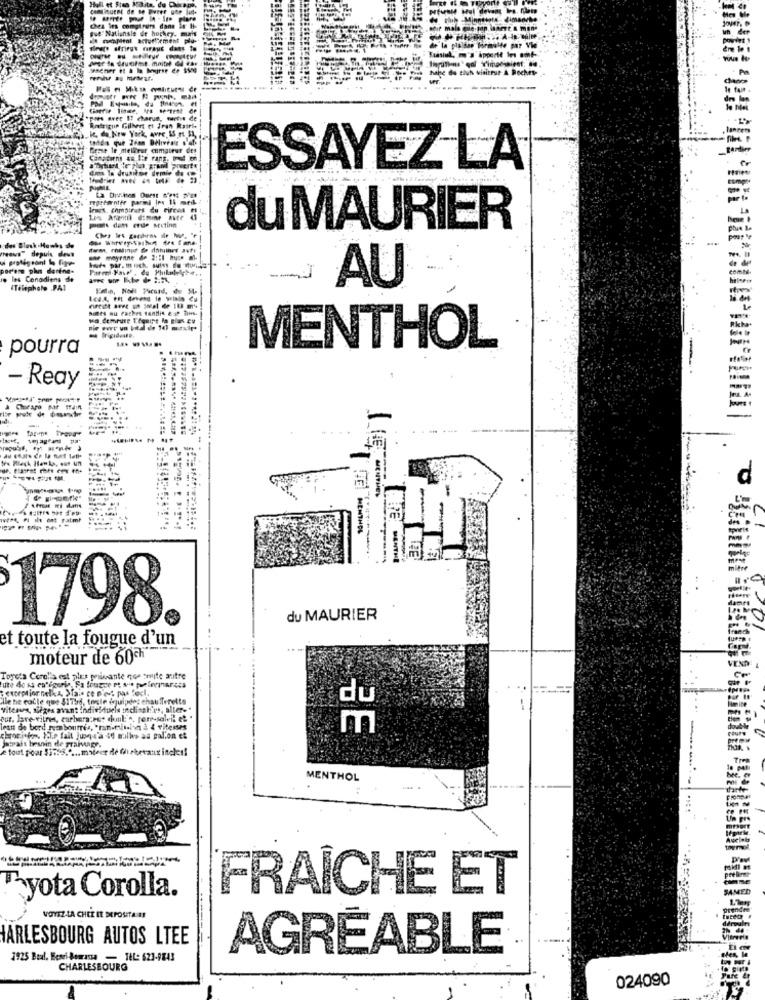
Plfunle Hul devant les. filet
du chih -Minntinte- dimanche
THAI
de la pielsag formalde jur Vid
habe do pluh visiteur & Roches-
*pois aver IT charus, wumtis de
.it da New York, avre, IS r $1,
Rodrigue Gilbert ci Iran Rasris
Desse Ie mellirar compteur des
tardier
Canstorm an Lie rang. med en
ESSAYEZ LA
pis dett erde Muting
du MAURIER
-
"teaus" depuis deva
das Black Hawks de
hufe par. mich. suin de whole".
por'ene phis dertne.
io les Canadiens de
AU
hammer
(Telephele .PAI
Ricka.
pourra
MENTHOL
- Reay
-
Jea. A.
d
MENTHEL
BEI MENTHOL
-------
MANTH
mitte
dame
1798
du MAURIER
et toute la fougue d'un
moteur de 60ch
VENDE L
Toyota Corolla est plus pibvante que seite autre
lle ne calle que $1756, tonie équipées chaufferette
viteaus, sièges avant individuels indisalies, alter."
cur, Jave-vitres, carbera;pes conl ". ferr-salvi! et .
less de bord reaboutés, "ranemitalia à & vitenes
금E
chronicfor. .. e fait Jusqu'à 44 malies as pal.on ei
jamais besoin de Framagr.
e tout powr $1.5% ..... mateer de Gh chevaux incle !!
TIM
MENTHOL
Alpelals
Tyota Corolla.
FRAICHE ET
VOYEZ LA CHEE IE DEPOSITA ES
HARLESBOURG AUTOS LTEE
AGREABLE
1925 Beal, Bearni Bourassa - TEL: 623-9843
CHARLESBOURG
024090